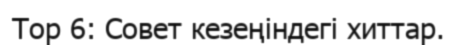
Top 6: Совет кезеңіндегі хиттар.